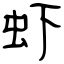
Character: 虾